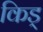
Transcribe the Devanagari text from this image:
किड्